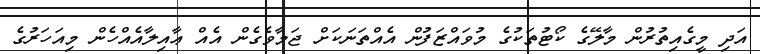
އަދި މީގެއިތުރުން މާލޭގެ ކޯޓުތަކުގެ މުވައްޒަފުން އެއްތަނަކަށް ޖަމާވެގެން އެއް ޢާއިލާއެއްހެން މިއަހަރުގެ